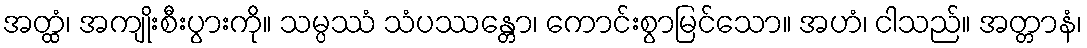
အတ္ထံ၊ အကျိုးစီးပွားကို။ သမ္ပဿံ သံပဿန္တော၊ ကောင်းစွာမြင်သော။ အဟံ၊ ငါသည်။ အတ္တာနံ၊